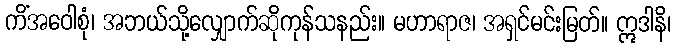
ကိံအဝေါစုံ၊ အဘယ်သို့လျှောက်ဆိုကုန်သနည်း။ မဟာရာဇ၊ အရှင်မင်းမြတ်။ ဣဒါနိ၊